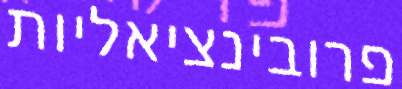
פרובינציאליות